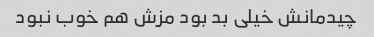
چیدمانش خیلی بد بود مزش هم خوب نبود